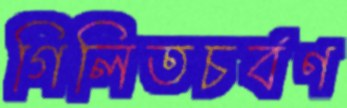
গিলিতচর্বণ